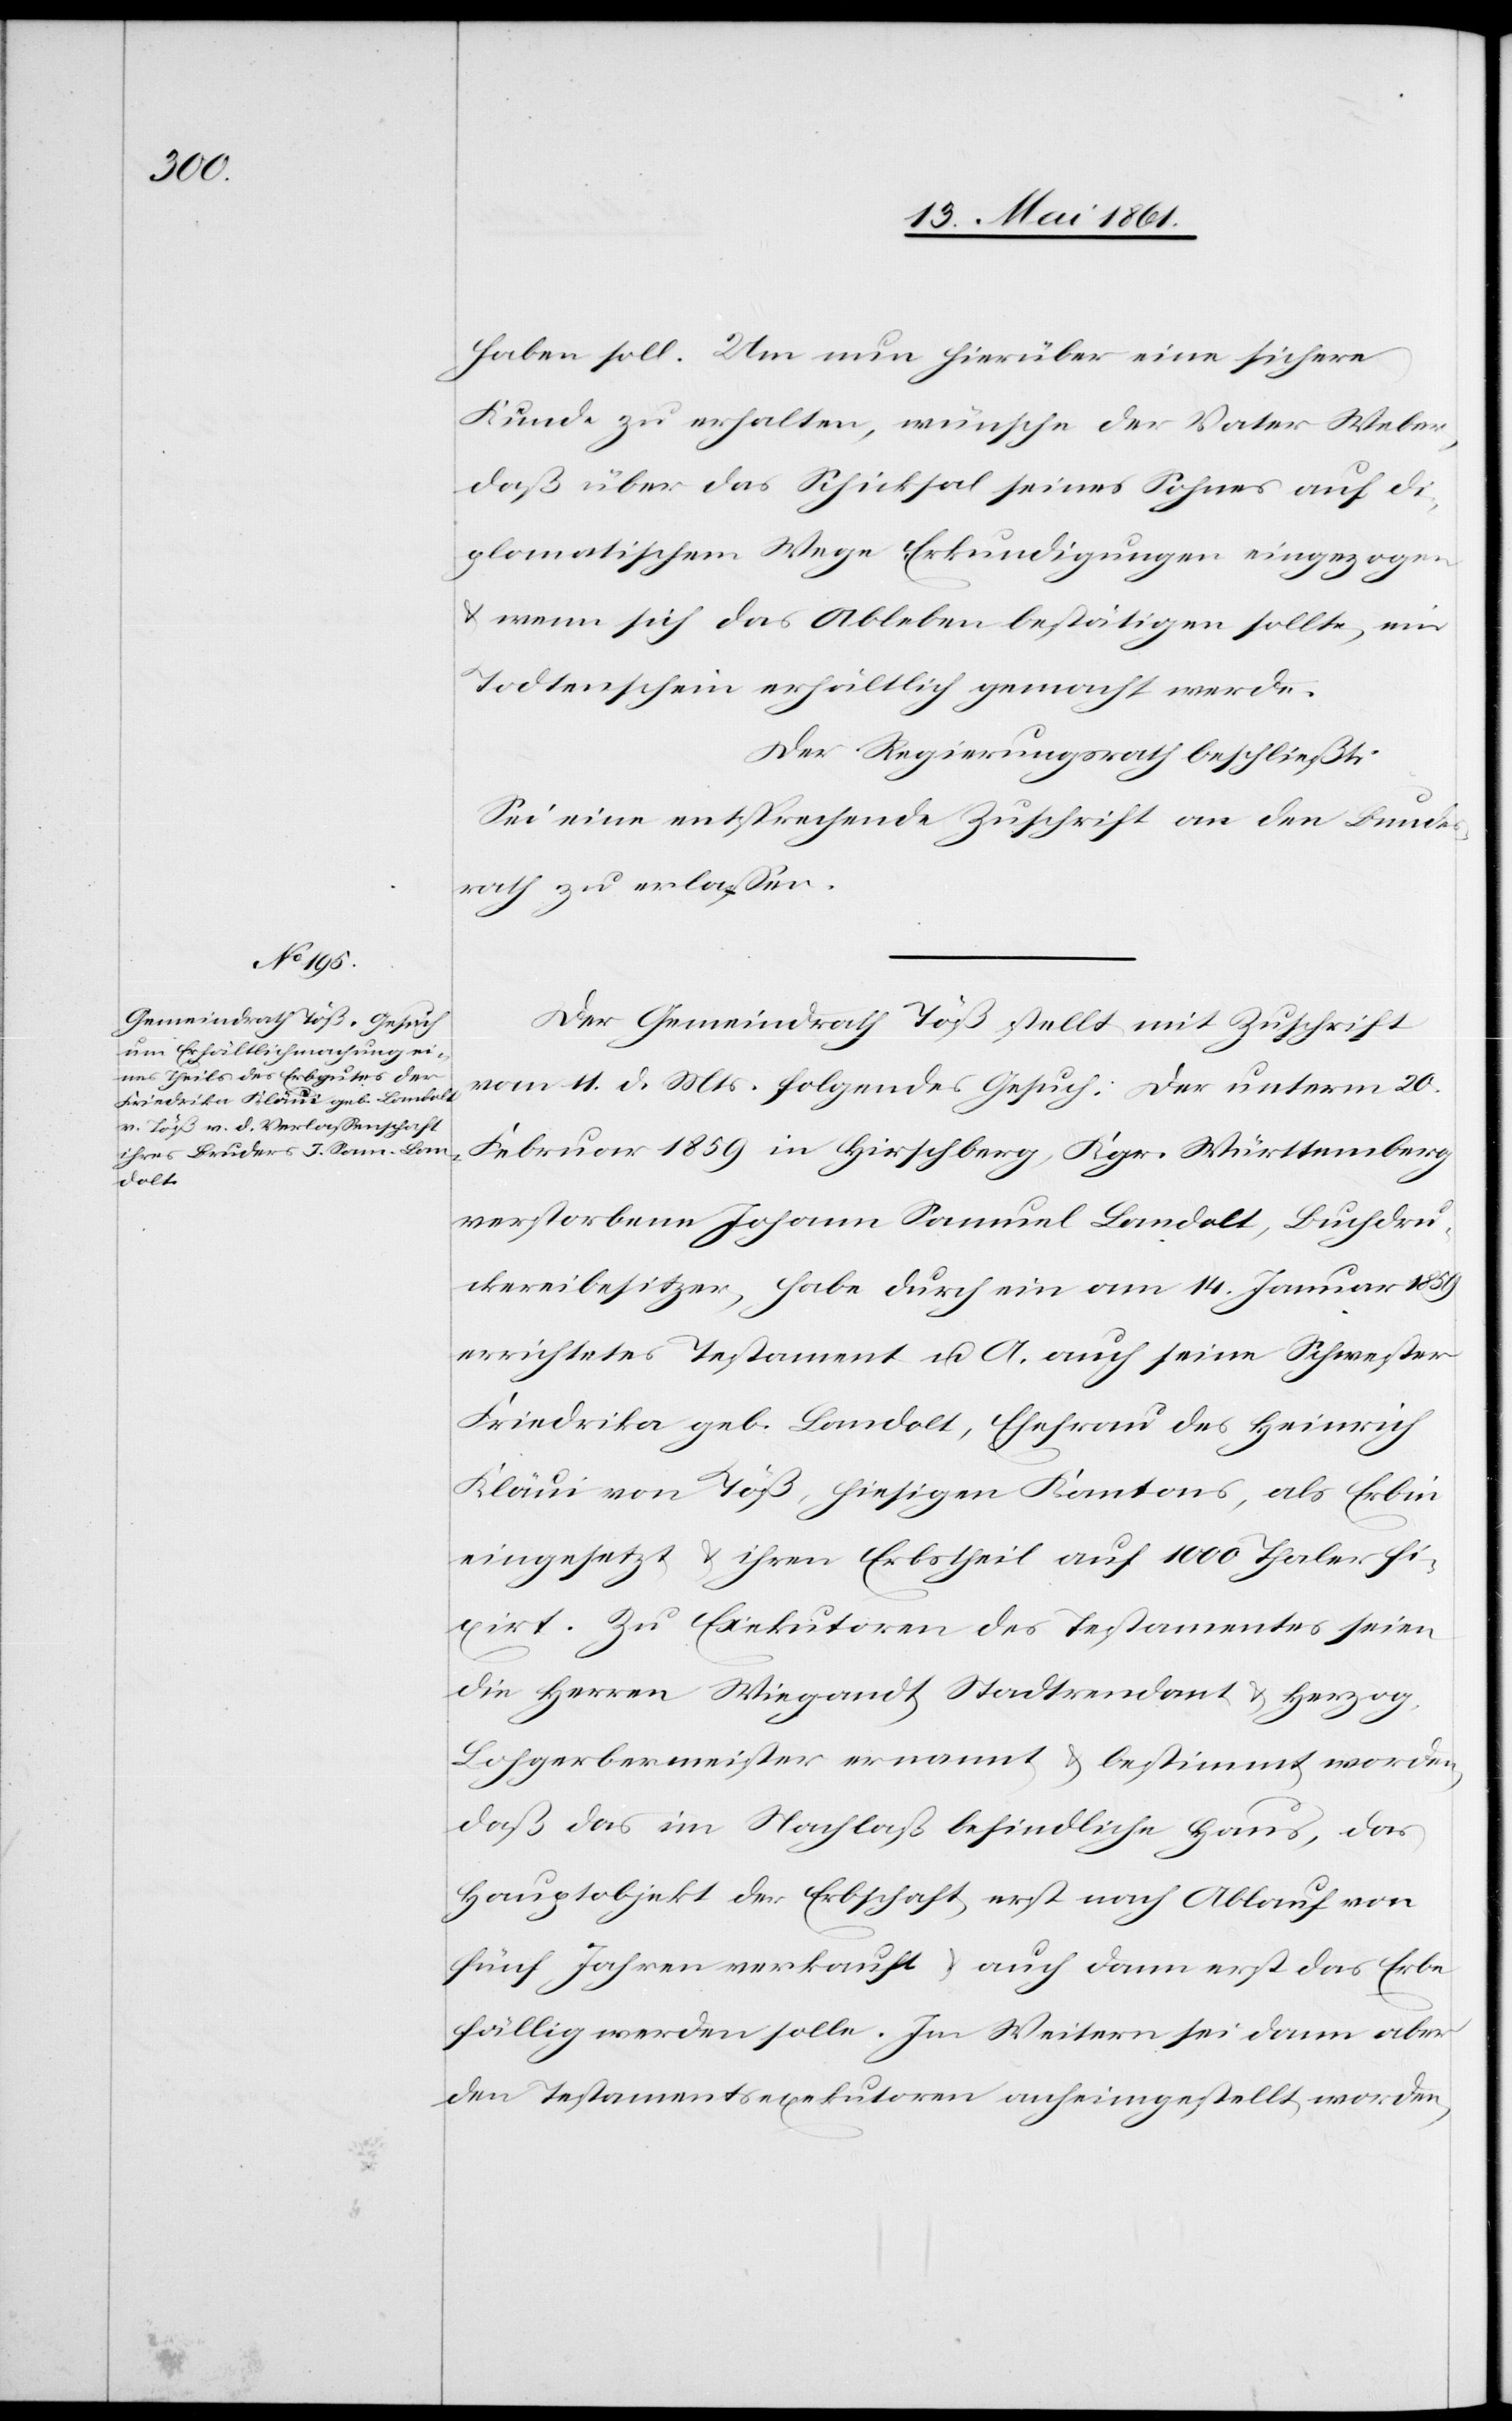
haben soll. Um nun hierüber eine sichere
Kunde zu erhalten, wünsche der Vater Weber,
daß über das Schicksal seines Sohnes auf di¬
plomatischem Wege Erkundigungen eingezogen
u. wenn sich das Ableben bestätigen sollte, ein
Todtenschein erhältlich gemacht werde.
Der Regierungsrath beschließt:
Sei eine entsprechende Zuschrift an den Bundes¬
rath zu erlassen.
Der Gemeindrath Töß stellt mit Zuschrift
vom 11. d. Mts. folgendes Gesuch: Der unterm 20.
Februar 1859 in Hirschberg, Kgr. Württemberg
verstorbene Johann Samuel Landolt, Buchdru¬
ckereibesitzer, habe durch ein am 14. Januar 1859
errichtetes Testament u. A. auch seine Schwester
Friedrika geb. Landolt, Ehefrau des Heinrich
Kläui von Töß, hiesigen Kantons, als Erbin
eingesetzt u. ihren Erbstheil auf 1000 Thaler fi¬
xirt. Zu Exekutoren des Testamentes seien
die Herren Wiegrandt Stadtrendant u. Herzog,
Lohgerbermeister ernannt u. bestimmt worden,
daß das im Nachlaß befindliche Haus, das
Hauptobjekt der Erbschaft erst nach Ablauf von
fünf Jahren verkauft u. auch dann erst das Erbe
fällig werden solle. Im Weitern sei dann aber
den Testamentsexekutoren anheimgestellt worden,